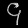
Digit: ၄